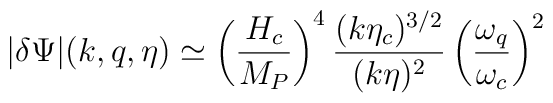
|\delta\Psi|(k,q,\eta) \simeq\left(\frac{H_c}{M_P}\right)^4 \frac{(k\eta_c)^{3/2}}{(k\eta)^2}\left(\frac{\omega_q}{\omega_c}\right)^2